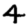
Digit: 4